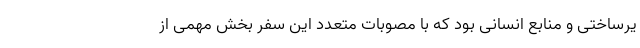
یرساختی و منابع انسانی بود که با مصوبات متعدد این سفر بخش مهمی از